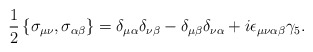
\begin{align*}\frac{1}{2}\left \{\sigma_{\mu \nu},\sigma_{\alpha \beta}\right \}=\delta_{\mu \alpha} \delta_{\nu \beta}-\delta_{\mu \beta} \delta_{\nu \alpha}+ i \epsilon_{\mu \nu \alpha \beta} \gamma_{5}.\end{align*}